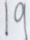
1 9